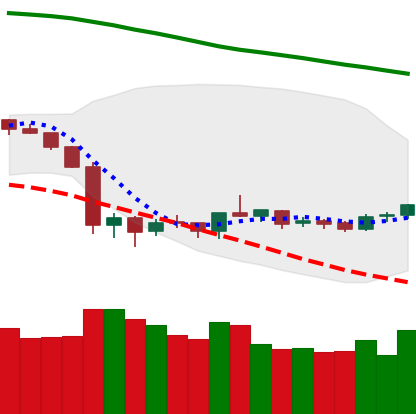
Ticker: NEO-USD
Chart end date: 2019-10-09
Forward return: -4.211%
Label: down_3_5